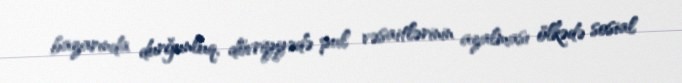
bazarında durğunluq, dövriyyədə pul vəsaitlərinin azalması ölkədə sosial